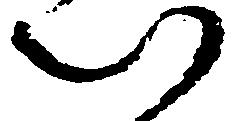
以